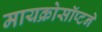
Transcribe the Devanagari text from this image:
मायक्रोसॉप्टने